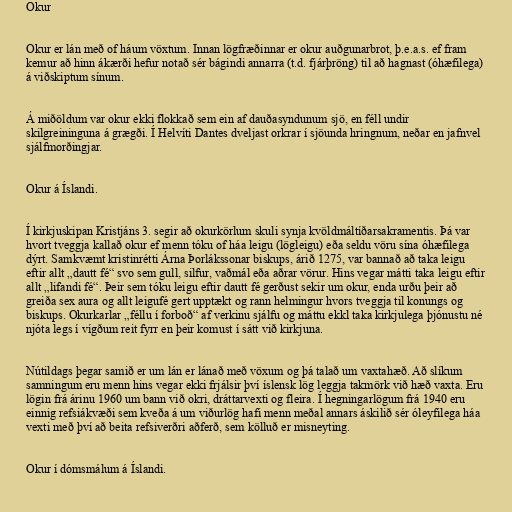
Okur

Okur er lán með of háum vöxtum. Innan lögfræðinnar er okur auðgunarbrot, þ.e.a.s. ef fram
kemur að hinn ákærði hefur notað sér bágindi annarra (t.d. fjárþröng) til að hagnast (óhæfilega)
á viðskiptum sínum.

Á miðöldum var okur ekki flokkað sem ein af dauðasyndunum sjö, en féll undir
skilgreininguna á grægði. Í Helvíti Dantes dveljast orkrar í sjöunda hringnum, neðar en jafnvel
sjálfmorðingjar.

Okur á Íslandi.

Í kirkjuskipan Kristjáns 3. segir að okurkörlum skuli synja kvöldmáltíðarsakramentis. Þá var
hvort tveggja kallað okur ef menn tóku of háa leigu (lögleigu) eða seldu vöru sína óhæfilega
dýrt. Samkvæmt kristinrétti Árna Þorlákssonar biskups, árið 1275, var bannað að taka leigu
eftir allt „dautt fé“ svo sem gull, silfur, vaðmál eða aðrar vörur. Hins vegar mátti taka leigu eftir
allt „lifandi fé“. Þeir sem tóku leigu eftir dautt fé gerðust sekir um okur, enda urðu þeir að
greiða sex aura og allt leigufé gert upptækt og rann helmingur hvors tveggja til konungs og
biskups. Okurkarlar „féllu í forboð“ af verkinu sjálfu og máttu ekkl taka kirkjulega þjónustu né
njóta legs í vígðum reit fyrr en þeir komust í sátt við kirkjuna.

Nútildags þegar samið er um lán er lánað með vöxum og þá talað um vaxtahæð. Að slíkum
samningum eru menn hins vegar ekki frjálsir því íslensk lög leggja takmörk við hæð vaxta. Eru
lögin frá árinu 1960 um bann við okri, dráttarvexti og fleira. Í hegningarlögum frá 1940 eru
einnig refsiákvæði sem kveða á um viðurlög hafi menn meðal annars áskilið sér óleyfilega háa
vexti með því að beita refsiverðri aðferð, sem kölluð er misneyting.

Okur í dómsmálum á Íslandi.